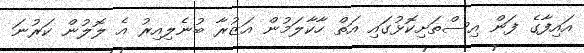
އައިފާގެ ފަން އިސްތަށިކޮޅުގައި އަތް ހާކާލަމުން އަޒުރާ ބުނެލިއިރު އެ ލޮލުން ކަރުނަ